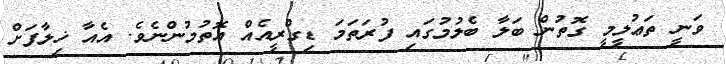
ވަނީ ތަޢުލީމީ ގޮތުން ބަލާ ބެލުމުގައި ފުރަތަމަ ޑިގްރީއެއް އޮތުމުންނެވެ. އެއާ ޚިލާފަށް